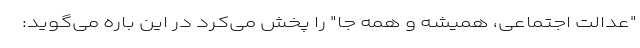
"عدالت اجتماعی، همیشه و همه جا" را پخش می‌کرد در این باره می‌گوید: